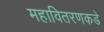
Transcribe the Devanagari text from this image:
महावितरणकडे